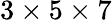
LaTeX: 3\times 5\times 7